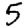
Digit: 5